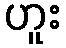
ဟူး